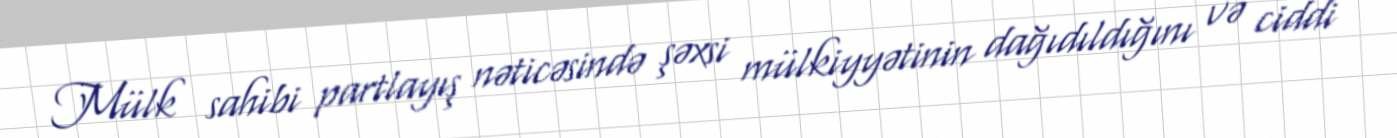
Mülk sahibi partlayış nəticəsində şəxsi mülkiyyətinin dağıdıldığını və ciddi